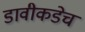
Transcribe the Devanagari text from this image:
डावीकडेच